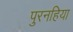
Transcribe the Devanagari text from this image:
पुरनहिया